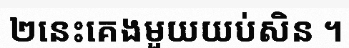
២នេះគេងមួយយប់សិន ។